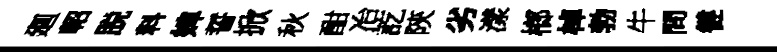
廽軺脱料婢誓掀秋酣冶訖陝劣漾榔棹勃牛問徤